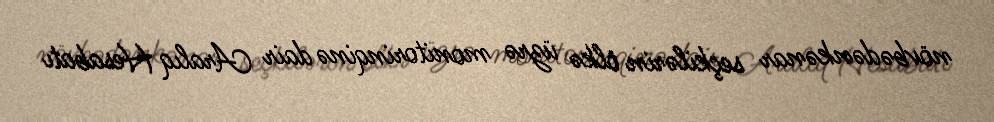
növbədənkənar seçkilərin ölkə üzrə monitorinqinə dair Aralıq Hesabatı